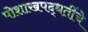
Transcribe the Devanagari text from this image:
पोशाखपद्धतींचे